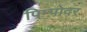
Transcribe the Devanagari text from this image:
पिम्पोदर